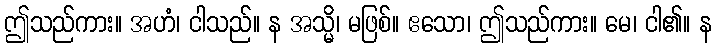
ဤသည်ကား။ အဟံ၊ ငါသည်။ န အသ္မိ၊ မဖြစ်။ ဧသော၊ ဤသည်ကား။ မေ၊ ငါ၏။ န